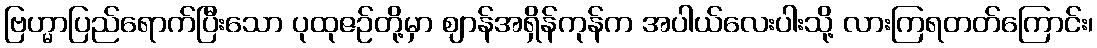
ဗြဟ္မာပြည်ရောက်ပြီးသော ပုထုဇဉ်တို့မှာ ဈာန်အရှိန်ကုန်က အပါယ်လေးပါးသို့ လားကြရတတ်ကြောင်း၊